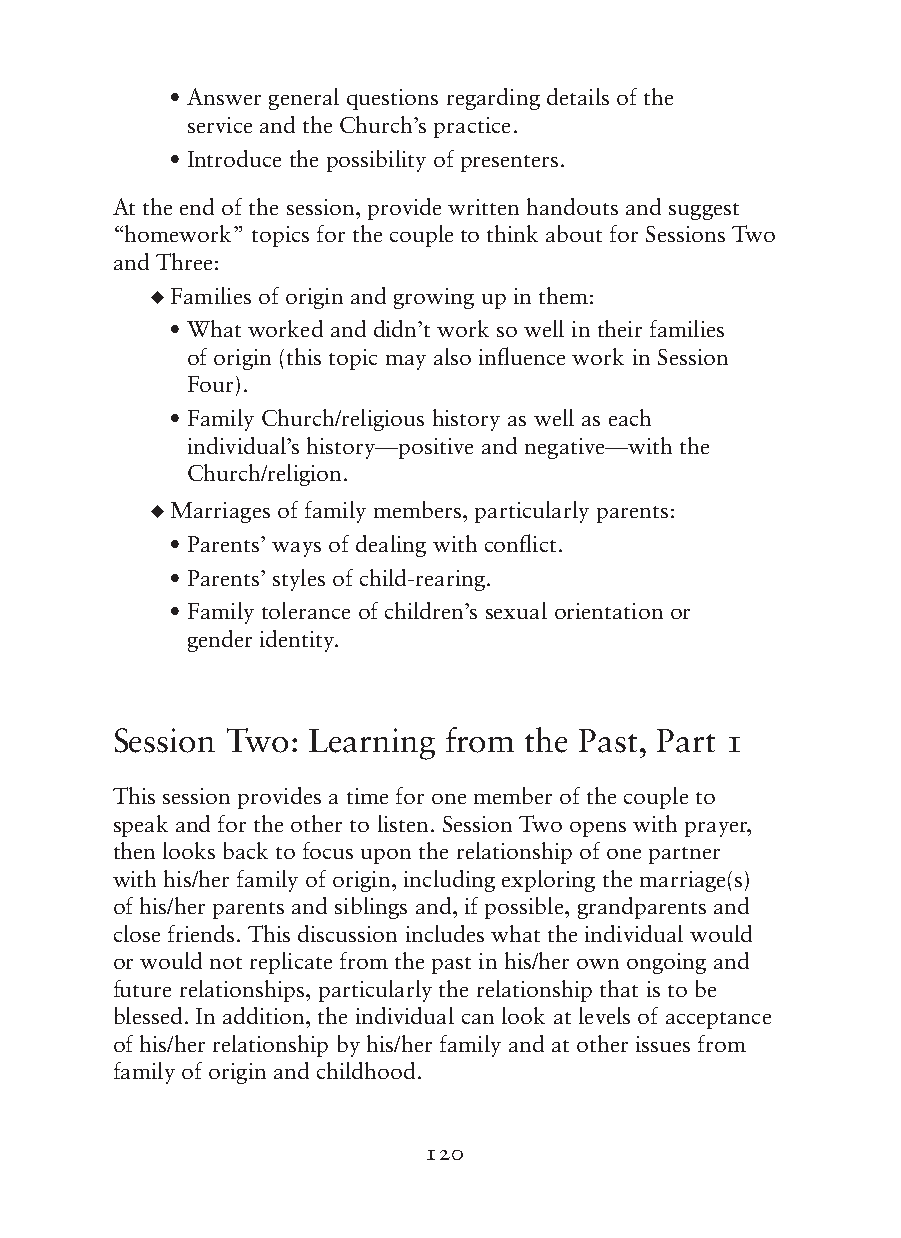
• Answer general questions regarding details of the
 service and the Church’s practice.
 • Introduce the possibility of presenters.
 At the end of the session, provide written handouts and suggest
 “homework” topics for the couple to think about for Sessions Two
 and Three:
 ◆ F amilies of origin and growing up in them:
 • What worked and didn’t work so well in their families
 of origin (this topic may also influence work in Session
 Four).
 • Family Church/religious history as well as each
 individual’s history—positive and negative—with the
 Church/religion.
 ◆ M arriages of family members, particularly parents:
 • Parents’ ways of dealing with conflict.
 • Parents’ styles of child-rearing.
 • Family tolerance of children’s sexual orientation or
 gender identity.
 Session Two: Learning from  the Past, Part 1
 This session provides a time for one member of the couple to
 speak and for the other to listen. Session Two opens with prayer,
 then looks back to focus upon the relationship of one partner
 with his/her family of origin, including exploring the marriage(s)
 of his/her parents and siblings and, if possible, grandparents and
 close friends. This discussion includes what the individual would
 or would not replicate from the past in his/her own ongoing and
 future relationships, particularly the relationship that is to be
 blessed. In addition, the individual can look at levels of acceptance
 of his/her relationship by his/her family and at other issues from
 family of origin and childhood.
 120